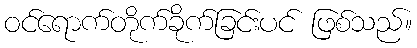
ဝင်ရောက်တိုက်ခိုက်ခြင်းပင် ဖြစ်သည်။